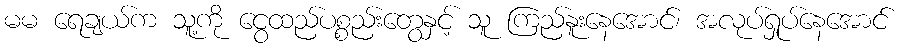
မမ ရေချယ်က သူ့ကို ငွေထည်ပစ္စည်းတွေနှင့် သူ ကြည်နူးနေအောင်၊ အလုပ်ရှုပ်နေအောင်